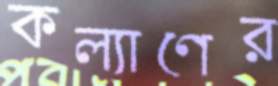
কল্যাণের